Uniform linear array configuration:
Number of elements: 12
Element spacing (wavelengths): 0.25
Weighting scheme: kaiser
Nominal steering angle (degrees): -30
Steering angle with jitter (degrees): -31.289
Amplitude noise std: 0.05
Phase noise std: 0.05

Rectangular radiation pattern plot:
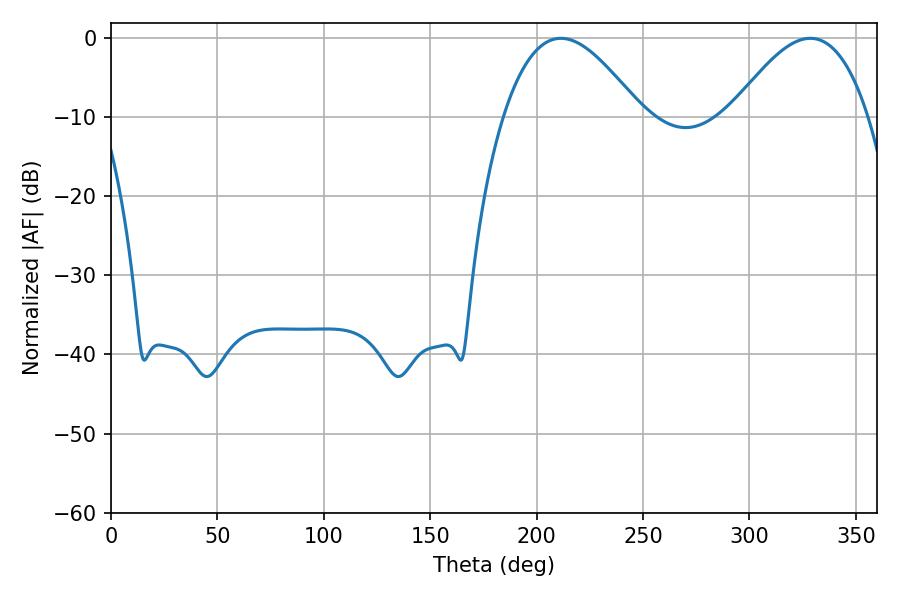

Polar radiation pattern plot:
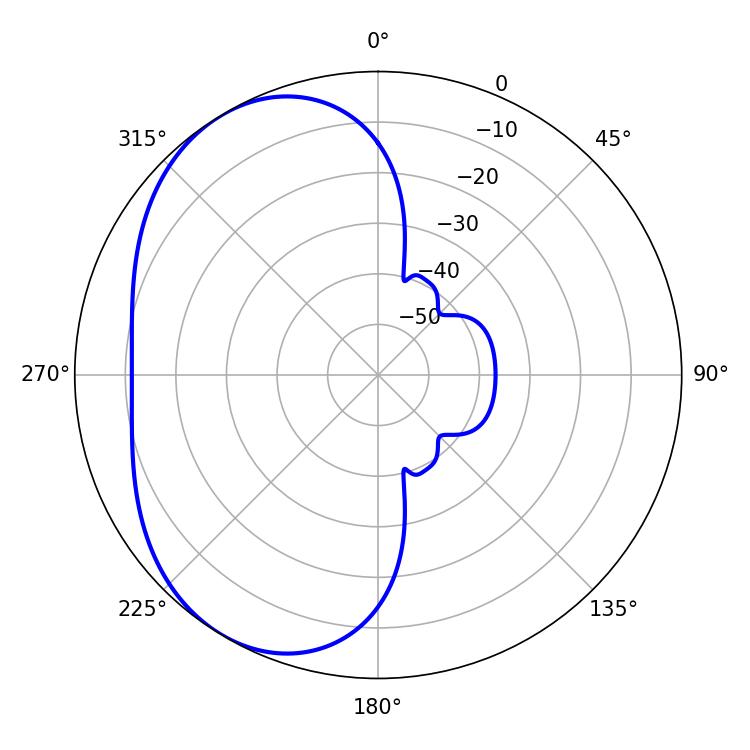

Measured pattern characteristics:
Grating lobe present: FALSE
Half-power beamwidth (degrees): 35.1
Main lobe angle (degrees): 211.32